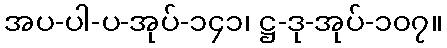
အပ-ပါ-ပ-အုပ်-၁၄၁၊ ဋ္ဌ-ဒု-အုပ်-၁၀၇။